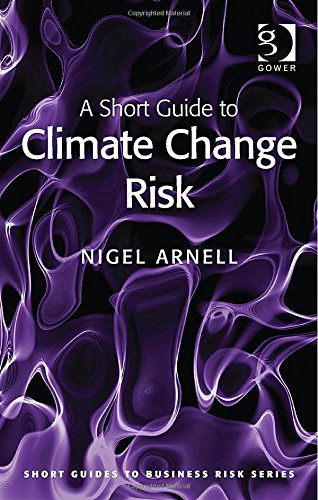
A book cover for A Short Guide to Climate Change Risk (Short Guides to Business Risk) (Short Guides to Risk); Nigel Arnell; Business & Money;